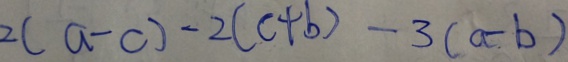
2 ( a - c ) - 2 ( c + b ) - 3 ( a - b )